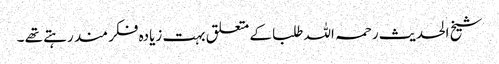
شیخ الحدیث رحمہ اللہ طلبا کے متعلق بہت زیادہ فکر مند رہتے تھے ۔